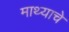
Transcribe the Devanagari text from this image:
माथ्याचे